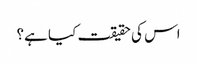
اس کی حقیقت کیا ہے؟